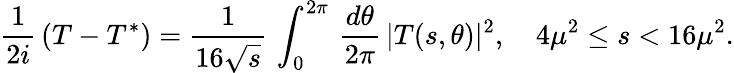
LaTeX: {\frac{1}{2i}}\, (T-T^{*})={\frac{1}{16\sqrt{s}}}\, \int_{0}^{2\pi}\, {\frac{d\theta}{2\pi}}\, |T(s,\theta)|^{2},\quad 4\mu^{2}\le s<16\mu^{2}.